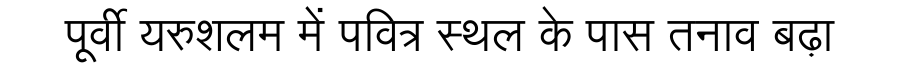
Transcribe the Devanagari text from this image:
पूर्वी यरुशलम में पवित्र स्थल के पास तनाव बढ़ा